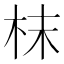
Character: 枺